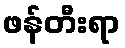
ဖန်တီးရာ